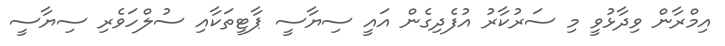
އިމްރާން ވިދާޅުވީ މި ސަރުކާރު އުފެދިގެން އައީ ސިޔާސީ ޕާޓީތަކާއި ސުލްހަވެރި ސިޔާސީ